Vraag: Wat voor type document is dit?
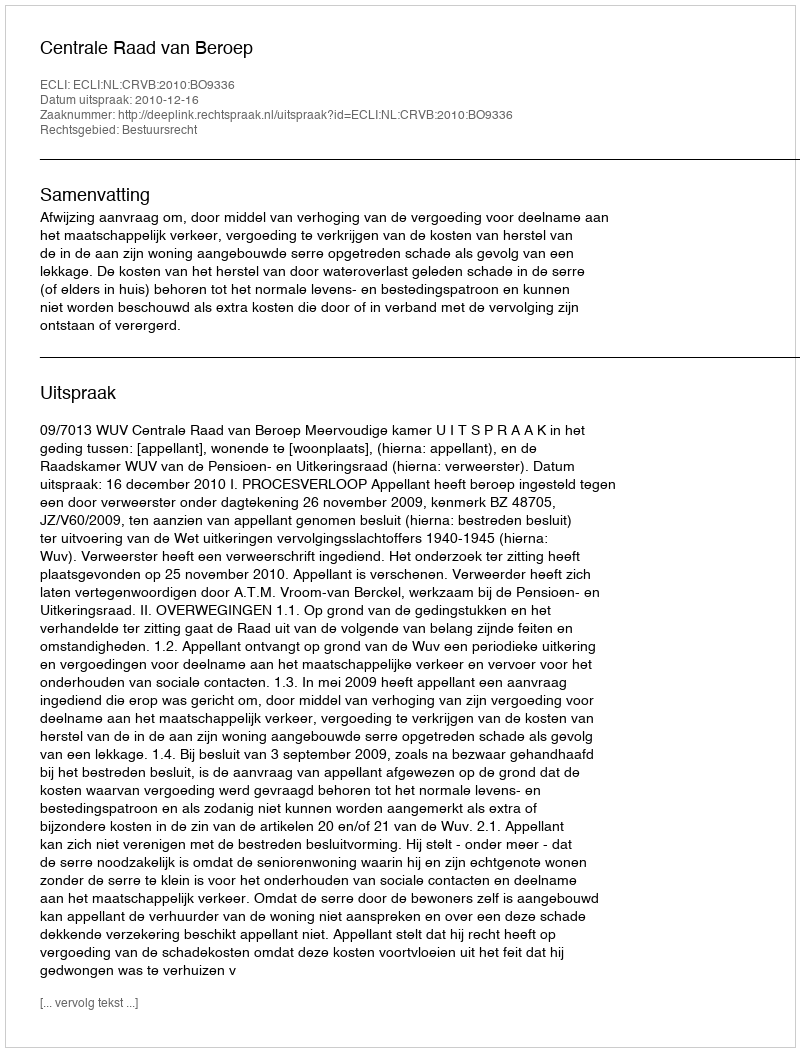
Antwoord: Uitspraak